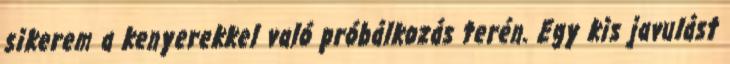
sikerem a kenyerekkel való próbálkozás terén. Egy kis javulást